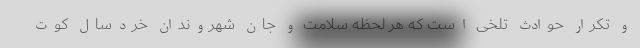
و تکرار حوادث تلخی است که هر لحظه سلامت و جان شهروندان خردسال کوت